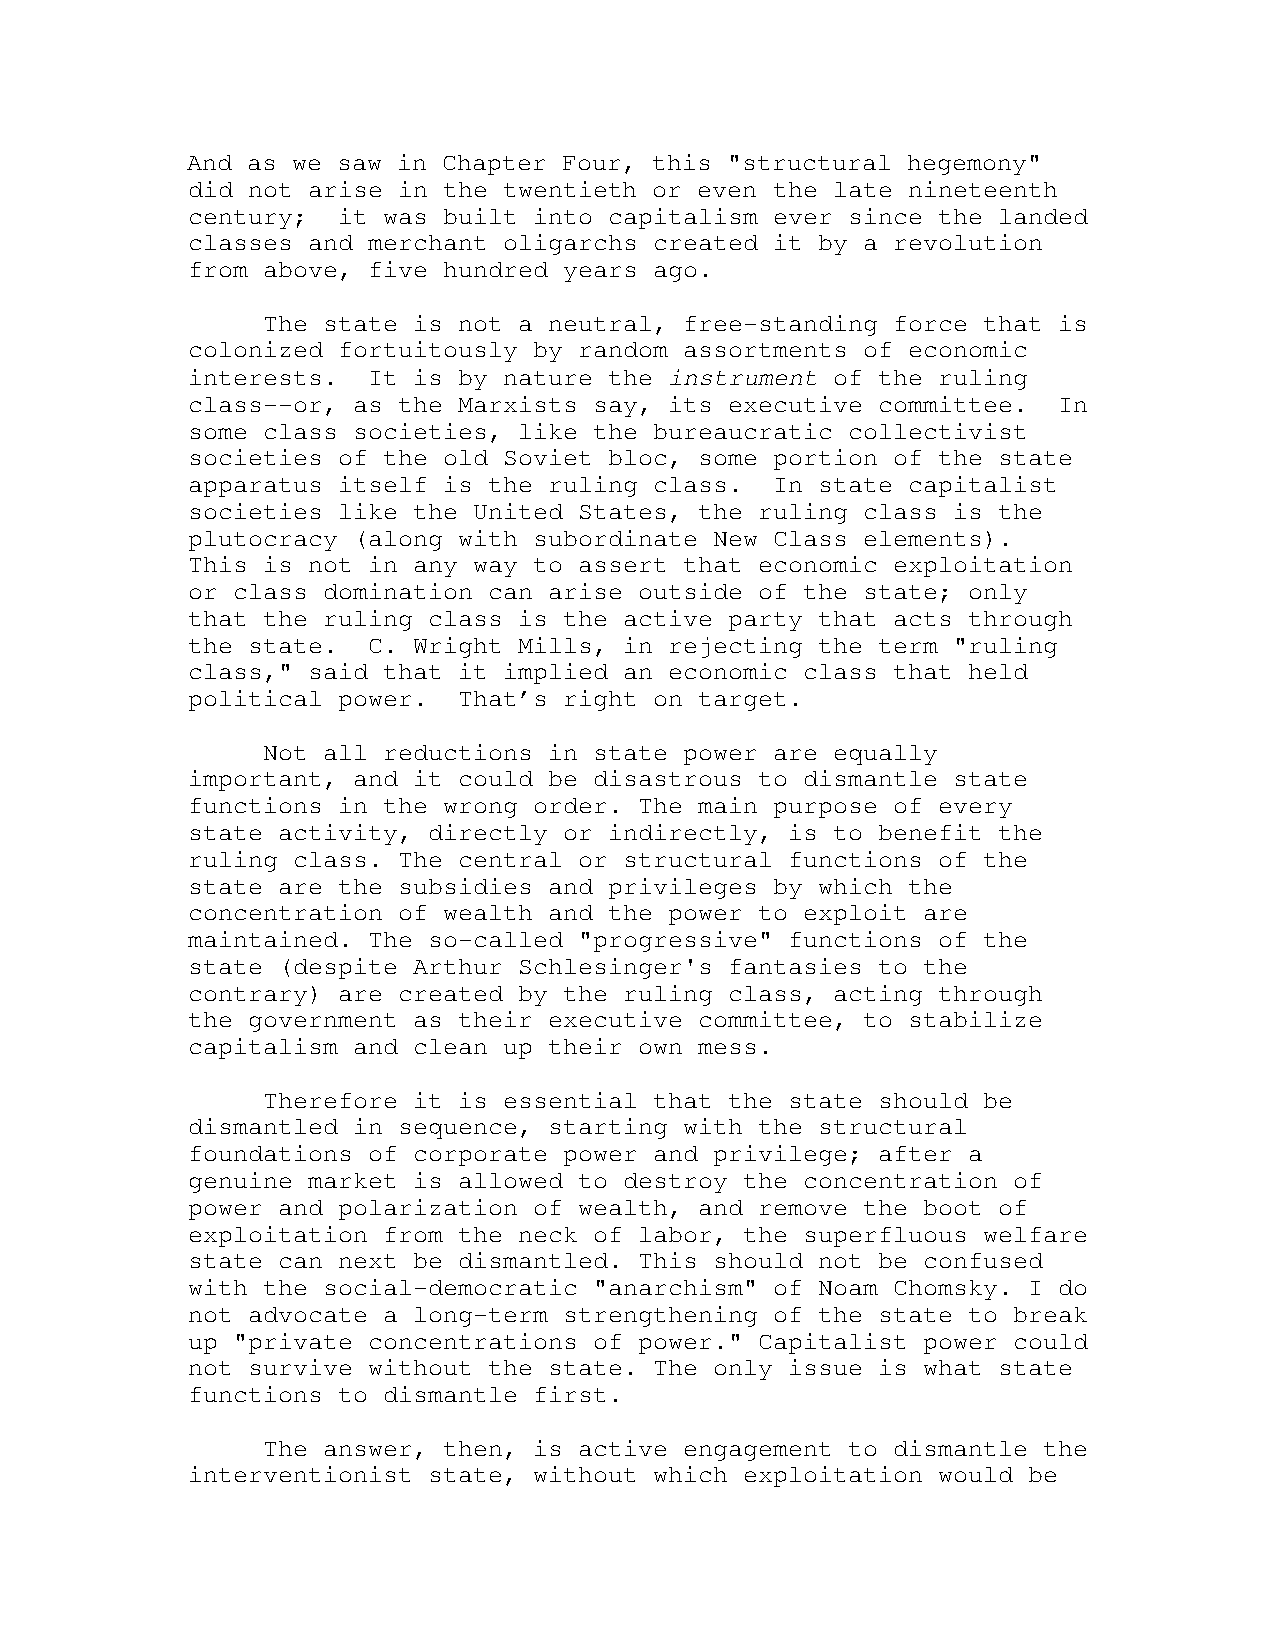
And as we saw in Chapter Four, this "structural hegemony"
 did not arise in the twentieth or even the late nineteenth
 century;  it was built into capitalism ever since the landed
 classes and merchant oligarchs created it by a revolution
 from above, five hundred years ago.
 The state is not a neutral, free-standing force that is
 colonized fortuitously by random assortments of economic
 interests.  It is by nature the instrument of the ruling
 class--or, as the Marxists say, its executive committee.  In
 some class societies, like the bureaucratic collectivist
 societies of the old Soviet bloc, some portion of the state
 apparatus itself is the ruling class.  In state capitalist
 societies like the United States, the ruling class is the
 plutocracy (along with subordinate New Class elements).
 This is not in any way to assert that economic exploitation
 or class domination can arise outside of the state; only
 that the ruling class is the active party that acts through
 the state.  C. Wright Mills, in rejecting the term "ruling
 class," said that it implied an economic class that held
 political power.  That’s right on target.
 Not all reductions in state power are equally
 important, and it could be disastrous to dismantle state
 functions in the wrong order. The main purpose of every
 state activity, directly or indirectly, is to benefit the
 ruling class. The central or structural functions of the
 state are the subsidies and privileges by which the
 concentration of wealth and the power to exploit are
 maintained. The so-called "progressive" functions of the
 state (despite Arthur Schlesinger's fantasies to the
 contrary) are created by the ruling class, acting through
 the government as their executive committee, to stabilize
 capitalism and clean up their own mess.
 Therefore it is essential that the state should be
 dismantled in sequence, starting with the structural
 foundations of corporate power and privilege; after a
 genuine market is allowed to destroy the concentration of
 power and polarization of wealth, and remove the boot of
 exploitation from the neck of labor, the superfluous welfare
 state can next be dismantled. This should not be confused
 with the social-democratic "anarchism" of Noam Chomsky. I do
 not advocate a long-term strengthening of the state to break
 up "private concentrations of power." Capitalist power could
 not survive without the state. The only issue is what state
 functions to dismantle first.
 The answer, then, is active engagement to dismantle the
 interventionist state, without which exploitation would be